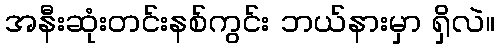
အနီးဆုံးတင်းနစ်ကွင်း ဘယ်နားမှာ ရှိလဲ။